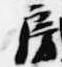
房